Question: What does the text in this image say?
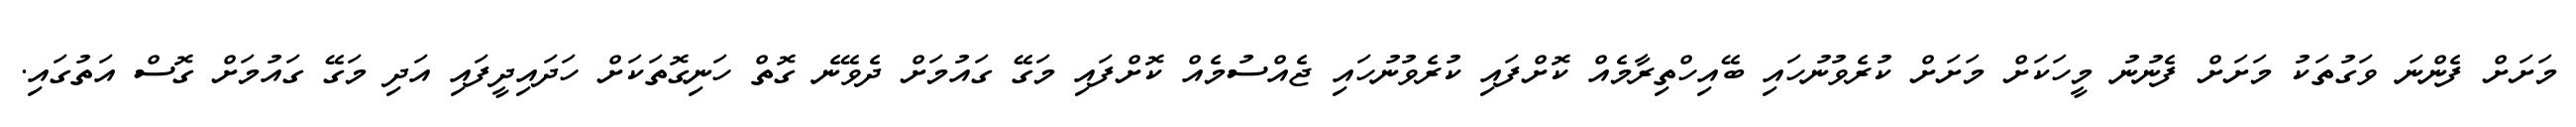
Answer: މަށަށް ފެންނަ ވަގުތަކު މަށަށް ފެނުނު މީހަކަށް މަށަށް ކުރެވުނުހައި ބޭއިހްތިރާމެއް ކޮށްފައި ކުރެވުނުހައި ޖެއްސުމެއް ކޮށްފައި މަގޭ ގައުމަށް ދެވޭނެ ގޮތް ހަނިގޮތަކަށް ހަދައިދީފައި އަދި މަގޭ ގައުމަށް ގޮސް އަތުގައި.